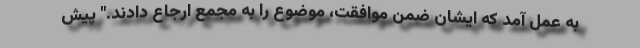
به عمل آمد که ایشان ضمن موافقت، موضوع را به مجمع ارجاع دادند." پیش